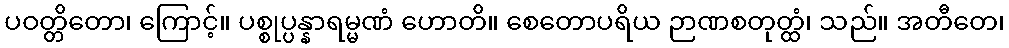
ပဝတ္တိတော၊ ကြောင့်။ ပစ္စုပ္ပန္နာရမ္မဏံ ဟောတိ။ စေတောပရိယ ဉာဏစတုတ္ထံ၊ သည်။ အတီတေ၊